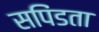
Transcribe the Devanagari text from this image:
सपिंडता